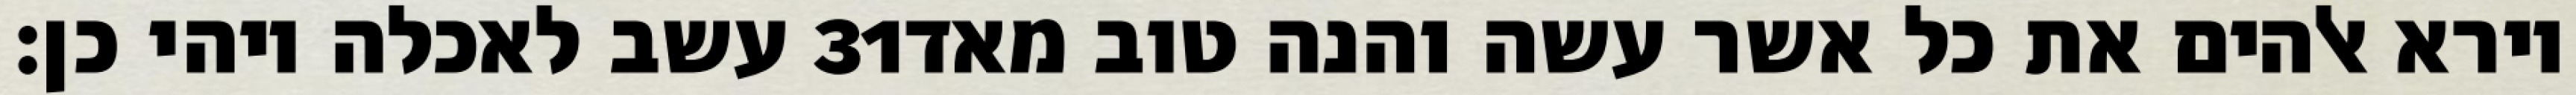
עשב לאכלה ויהי כן׃ ‎31‏ וירא אלהים את כל אשר עשה והנה טוב מאד